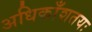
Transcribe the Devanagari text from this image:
अधिकाँशतयः